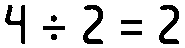
4 ÷ 2 = 2